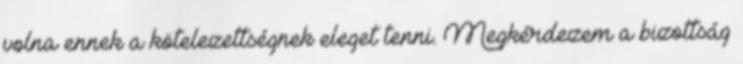
volna ennek a kötelezettségnek eleget tenni. Megkérdezem a bizottság